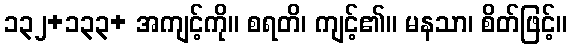
၁၃၂+၁၃၃+ အကျင့်ကို။ စရတိ၊ ကျင့်၏။ မနသာ၊ စိတ်ဖြင့်။